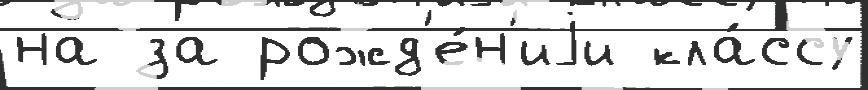
на за рожд'е́н'иjи кла́ссу